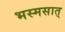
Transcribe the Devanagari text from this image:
भस्मसात्‌